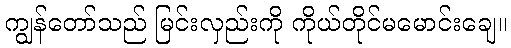
ကျွန်တော်သည် မြင်းလှည်းကို ကိုယ်တိုင်မမောင်းချေ။